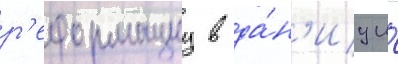
р'еформациу в да́н'иу и́